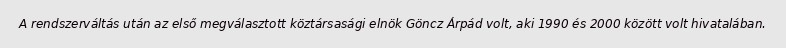
A rendszerváltás után az első megválasztott köztársasági elnök Göncz Árpád volt, aki 1990 és 2000 között volt hivatalában.